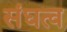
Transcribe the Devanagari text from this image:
संघत्व